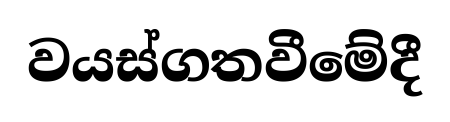
වයස්ගතවීමේදී